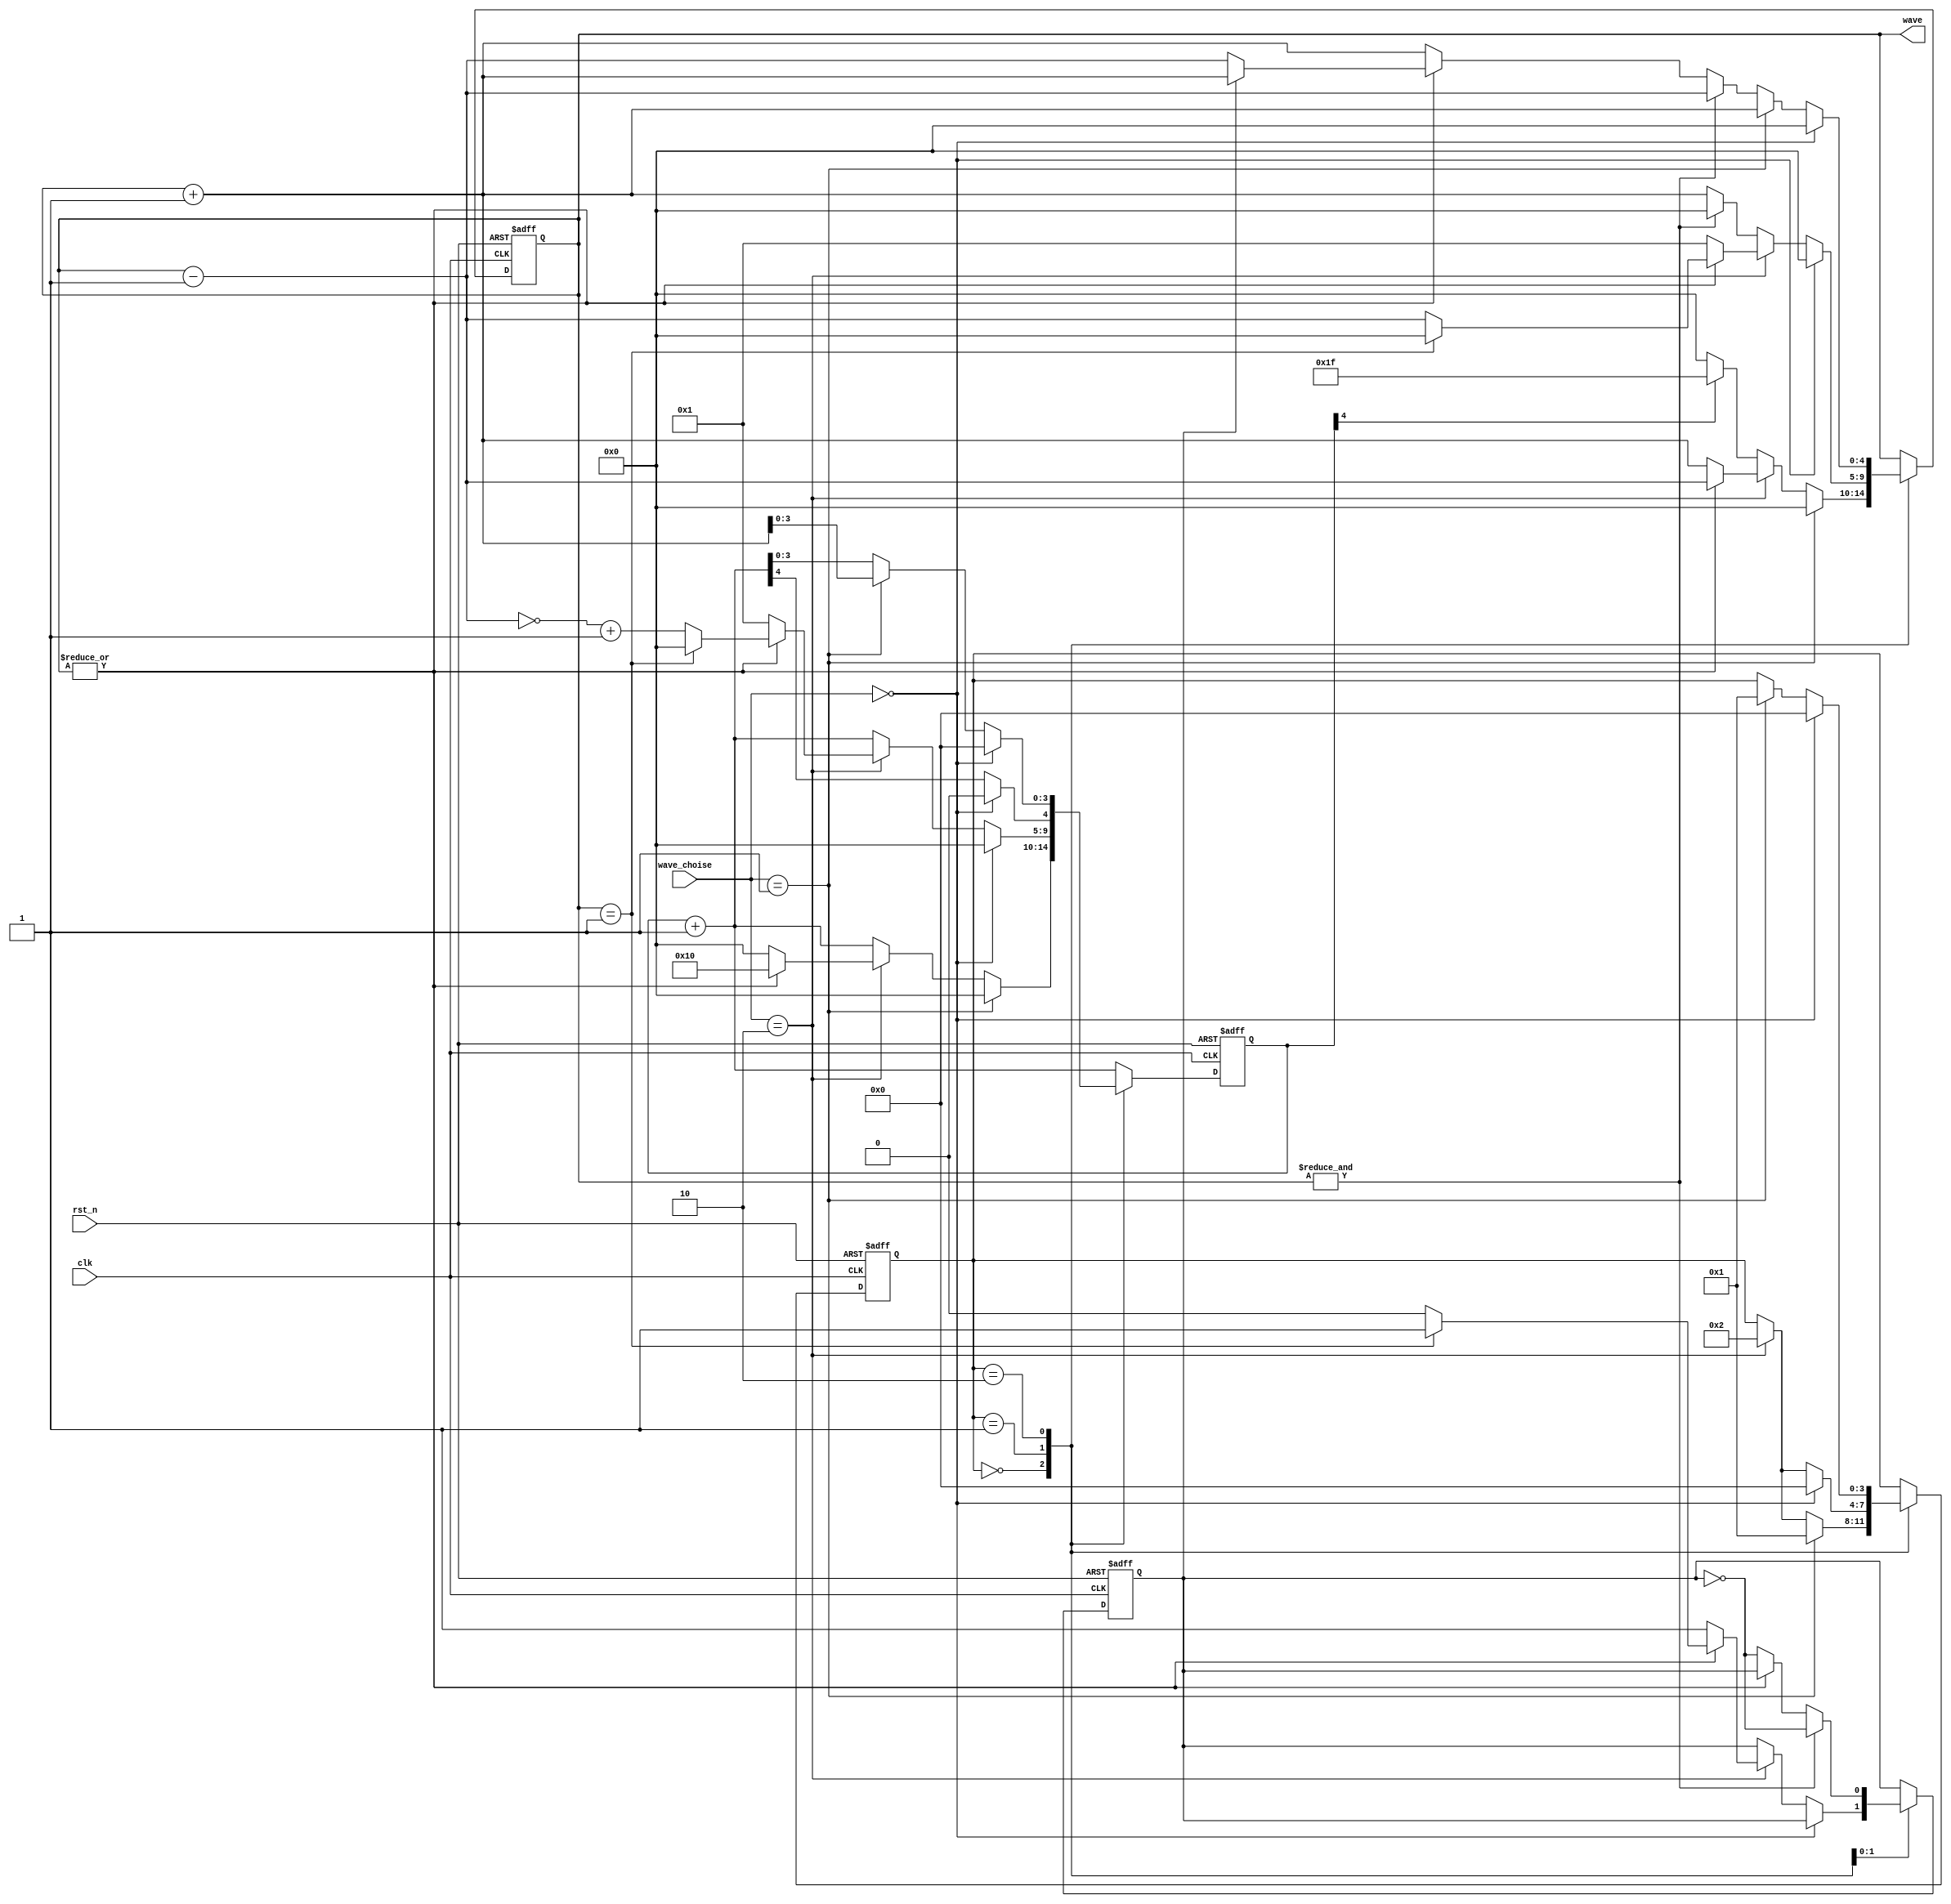

/* 
 * signal_generator
 * VL29  
 * 
 */

`timescale 1ns/1ps
module sig_gen_1(
	input clk,
	input rst_n,
	input [1:0] wave_choise,
	output reg [4:0]wave
	);
    localparam  ST_SQUARE = 4'h0,
                ST_SAWTOOTH = 4'h1,
                ST_TRIANGULAR = 4'h2;
    localparam CNT_WIDTH = 5;
    localparam PERIOD = 2**CNT_WIDTH;
    reg [3:0] state_reg = ST_SQUARE, state_next;
    reg [4:0] wave_next;
    reg [CNT_WIDTH-1:0] cnt_reg = {CNT_WIDTH{1'b0}}, cnt_next;
    reg inc_reg = 1'b1, inc_next;
    always @(*) begin
        state_next = state_reg;
        wave_next = wave;
        cnt_next = cnt_reg+1;
        inc_next = inc_reg;
        case (state_reg)
            ST_SQUARE: begin
                if (cnt_reg[CNT_WIDTH-1]) begin
                    wave_next = 5'h1F;
                end else begin
                    wave_next = 5'h00;
                end
                if (wave_choise == ST_SAWTOOTH) begin
                    state_next = ST_SAWTOOTH;
                    wave_next = 5'h00;
                    cnt_next = {CNT_WIDTH{1'b0}};
                end else if (wave_choise == ST_TRIANGULAR) begin
                    state_next = ST_TRIANGULAR;
                    if (|wave) begin
                        wave_next = wave-1;
                        cnt_next = 2**(CNT_WIDTH-1);
                    end else begin
                        wave_next = wave+1;
                        cnt_next = {CNT_WIDTH{1'b0}};
                    end
                end
            end
            ST_SAWTOOTH: begin
                if (&wave) begin
                    wave_next = 5'h00;
                end else begin
                    wave_next = wave+1;
                end
                if (wave_choise == ST_SQUARE) begin
                    state_next = ST_SQUARE;
                    wave_next = 5'h00;
                    cnt_next = {CNT_WIDTH{1'b0}};
                end else if (wave_choise == ST_TRIANGULAR) begin
                    state_next = ST_TRIANGULAR;
                    if (~|wave) begin
                        wave_next = 5'h01;
                        cnt_next = wave_next;
                        inc_next = 1'b1;
                    end else begin
                        if (wave == 5'h01) begin
                            wave_next = 5'h00;
                            cnt_next = wave_next;
                            inc_next = 1'b1;
                        end else begin
                            wave_next = wave-1;
                            cnt_next = ~wave_next+1;
                            inc_next = 1'b0;
                        end
                    end
                end
            end
            ST_TRIANGULAR: begin
                if (&wave) begin
                    inc_next = ~inc_reg;
                    wave_next = wave-1;
                end else if (~|wave) begin
                    inc_next = ~inc_reg;
                    wave_next = wave+1;
                end else if (inc_reg) begin
                    wave_next = wave+1;
                end else begin
                    wave_next = wave-1;
                end
                if (wave_choise == ST_SQUARE) begin
                    state_next = ST_SQUARE;
                    wave_next = 5'h00;
                    cnt_next = {CNT_WIDTH{1'b0}};
                end else if (wave_choise == ST_SAWTOOTH) begin
                    state_next = ST_SAWTOOTH;
                    wave_next = wave+1;
                    cnt_next[CNT_WIDTH-2:0] = wave+1;
                end
            end
        endcase
    end
    always @(posedge clk or negedge rst_n) begin
        if (~rst_n) begin
            wave <= 5'h00;
            state_reg <= ST_SQUARE;
            cnt_reg <= {CNT_WIDTH{1'b0}};
            inc_reg <= 1'b1;
        end else begin
            wave <= wave_next;
            state_reg <= state_next;
            cnt_reg <= cnt_next;
            inc_reg <= inc_next;
        end
    end
endmodule